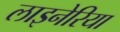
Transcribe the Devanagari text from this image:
लाइनेरिया